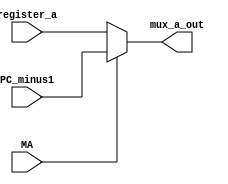
module muxA(
input MA, // mux a selector lines
input [7:0]PC_minus1,  //pc value from prevous cycle
input [7:0]register_a, //register a value output
output [7:0] mux_a_out  // mux a output value
);
reg [7:0] mux_a;  // register value a out
always@(MA,PC_minus1,register_a)begin

if (MA)
    mux_a = PC_minus1;
else
    mux_a = register_a;
end
assign mux_a_out = mux_a ;
endmodule


module muxB(
input MB, // mux a selector lines
input [7:0]constantunit_out,  //pc value from prevous cycle
input [7:0]register_b, //register a value output
output [7:0]mux_b_out  // mux a output value
);
reg [7:0]mux_b;  // register value a out
always@(MB,constantunit_out,register_b)begin

if (MB)
    mux_b = constantunit_out;
else
    mux_b = register_b;
end
assign mux_b_out = mux_b ;
endmodule


module muxC(
input [1:0] BS, // mux a selector lines
input [7:0] pc_value,  //pc value from prevous cycle
input [7:0] RAA, //register a value output
input [7:0] Braa,
output [7:0] pc_out

);
parameter pc = 2'b00;
parameter jump = 2'b10;
reg [7:0]mux_c;  // mux c  out
always@( BS , pc_value, RAA, Braa)begin

case (BS)  
    pc:
    mux_c = pc_value + 8'h1;
    
    jump:
    mux_c = RAA;
    default:
    mux_c = Braa; 
endcase
end
assign pc_out = mux_c ;
endmodule